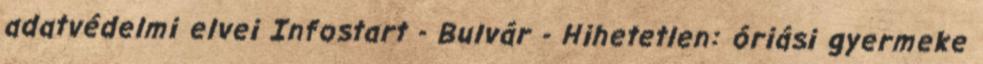
adatvédelmi elvei Infostart - Bulvár - Hihetetlen: óriási gyermeke